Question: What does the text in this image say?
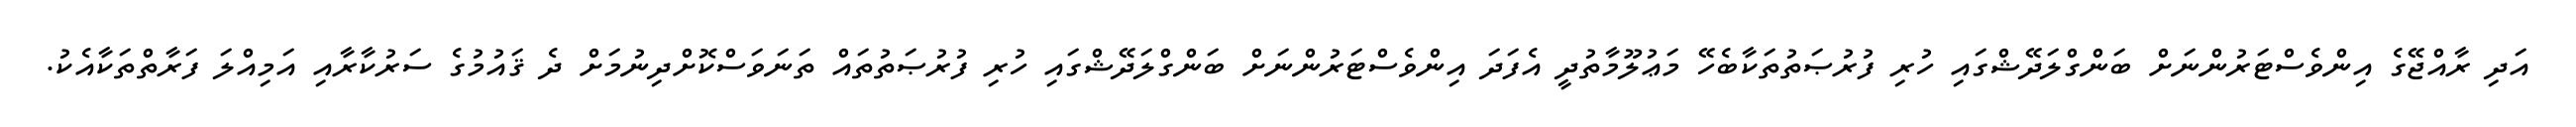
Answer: އަދި ރާއްޖޭގެ އިންވެސްޓަރުންނަށް ބަންގްލަދޭޝްގައި ހުރި ފުރުޞަތުތަކާބެހޭ މަޢުލޫމާތުދީ އެފަދަ އިންވެސްޓަރުންނަށް ބަންގްލަދޭޝްގައި ހުރި ފުރުޞަތުތައް ތަނަވަސްކޮށްދިނުމަށް ދެ ޤައުމުގެ ސަރުކާރާއި އަމިއްލަ ފަރާތްތަކާއެކު.